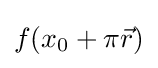
f(x_{0}+\pi {\vec {r}})